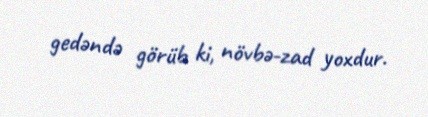
gedəndə görüb ki, növbə-zad yoxdur.